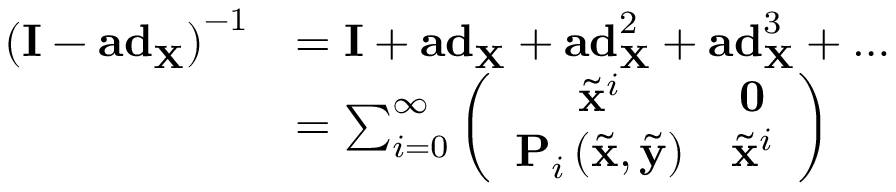
\begin{array} { r l } { \left( \mathbf { I } - \mathbf { a d } _ { \mathbf { X } } \right) ^ { - 1 } } & { = \mathbf { I } + \mathbf { a d } _ { \mathbf { X } } + \mathbf { a d } _ { \mathbf { X } } ^ { 2 } + \mathbf { a d } _ { \mathbf { X } } ^ { 3 } + \ldots } \\ & { = \sum _ { i = 0 } ^ { \infty } \left( \begin{array} { c c } { \tilde { \mathbf { x } } ^ { i } } & { \mathbf { 0 } } \\ { \mathbf { P } _ { i } \left( \tilde { \mathbf { x } } , \tilde { \mathbf { y } } \right) } & { \tilde { \mathbf { x } } ^ { i } } \end{array} \right) } \end{array}